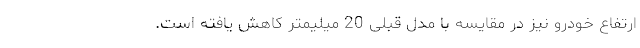
ارتفاع خودرو نیز در مقایسه با مدل قبلی 20 میلیمتر کاهش یافته است.